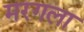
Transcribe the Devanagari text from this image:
मरगला